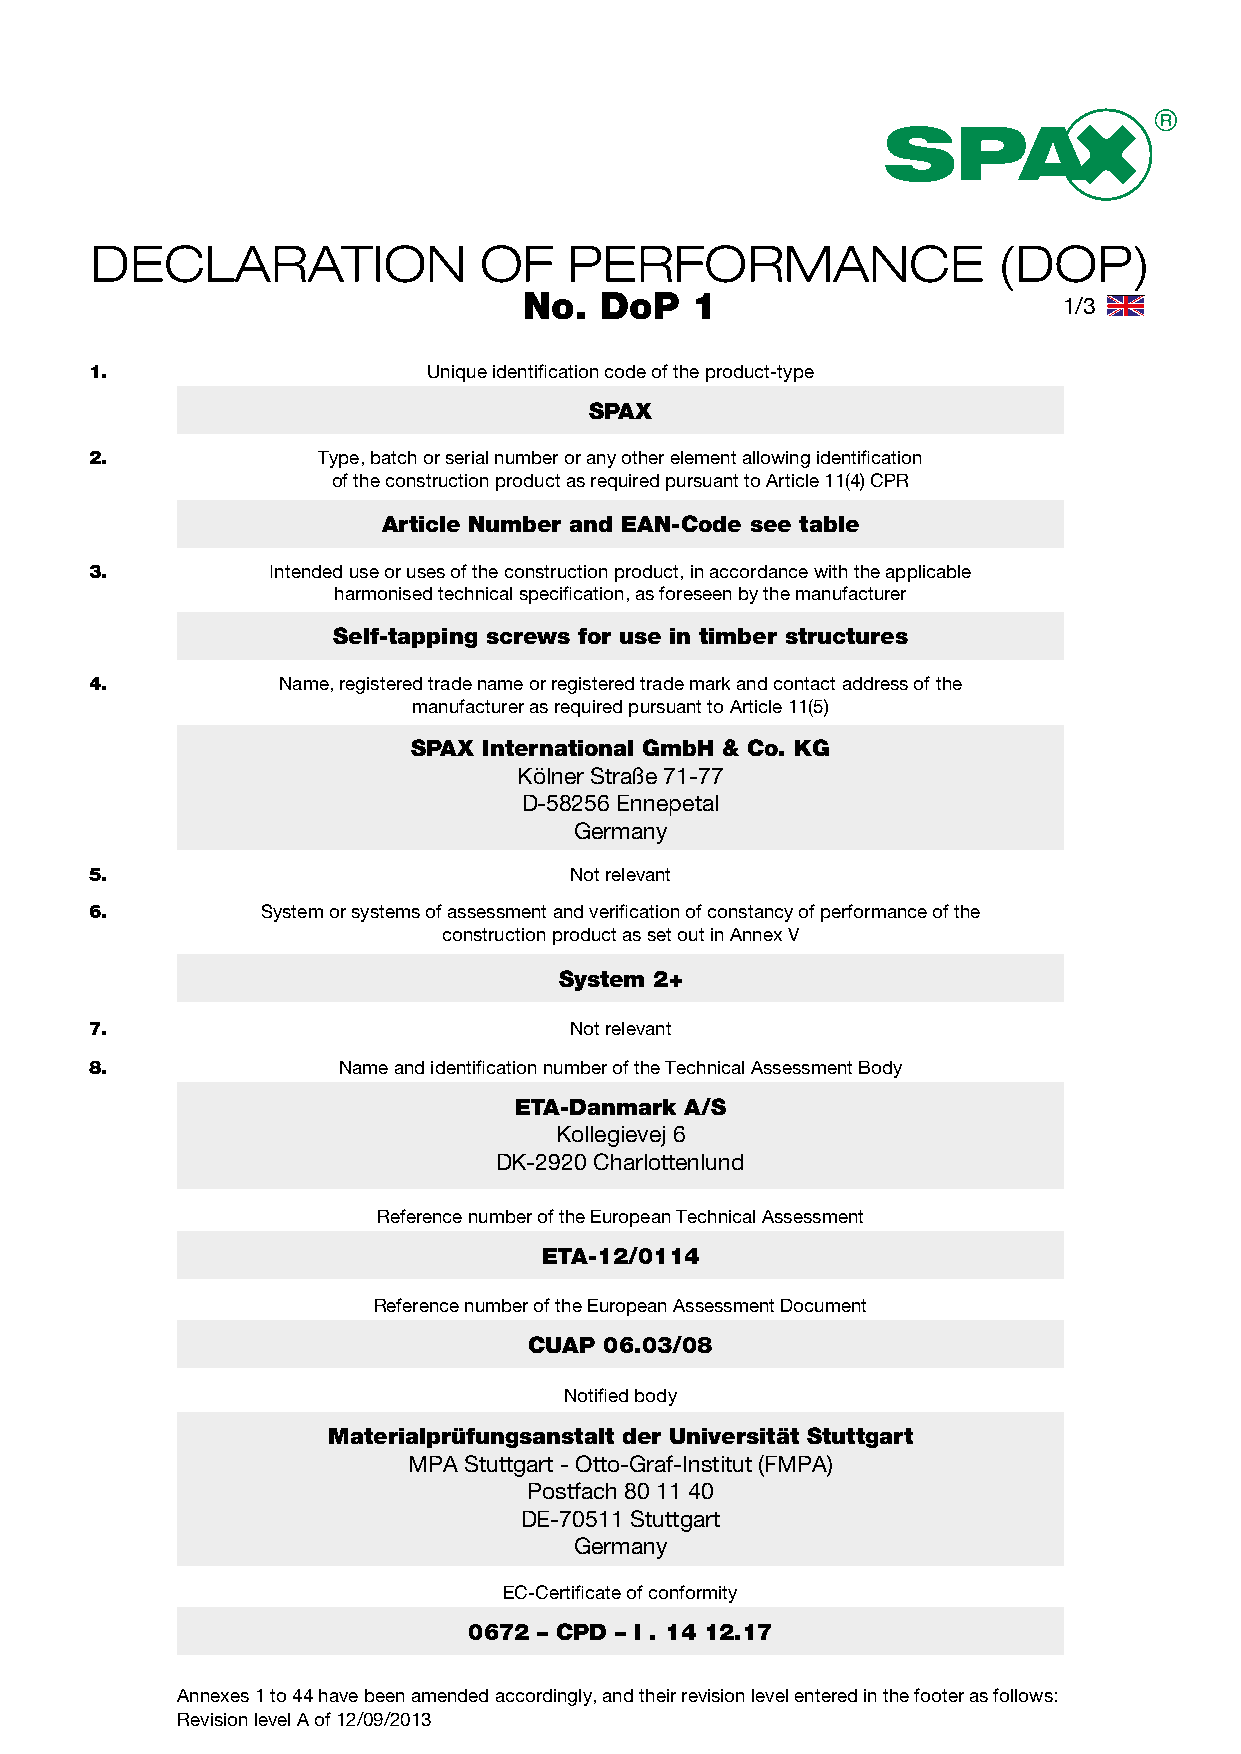
Declaration               of    Performance                 (DoP)
 No.  DoP   1                       1/3
 1.                    Unique identification code of the product-type
 SPAX
 2.             Type, batch or serial number or any other element allowing identification
 of the construction product as required pursuant to Article 11(4) CPR
 Article Number and EAN-Code see table
 3.          Intended use or uses of the construction product, in accordance with the applicable
 harmonised technical specification, as foreseen by the manufacturer
 Self-tapping screws for use in timber structures
 4.          Name, registered trade name or registered trade mark and contact address of the
 manufacturer as required pursuant to Article 11(5)
 SPAX International GmbH & Co. KG
 Kölner Straße 71-77
 D-58256 Ennepetal
 Germany
 5.                              Not relevant
 6.         System or systems of assessment and verification of constancy of performance of the
 construction product as set out in Annex V
 System 2+
 7.                              Not relevant
 8.              Name and identification number of the Technical Assessment Body
 ETA-Danmark A/S
 Kollegievej 6
 DK-2920 Charlottenlund
 Reference number of the European Technical Assessment
 ETA-12/0114
 Reference number of the European Assessment Document
 CUAP 06.03/08
 Notified body
 Materialprüfungsanstalt der Universität Stuttgart
 MPA Stuttgart - Otto-Graf-Institut (FMPA)
 Postfach 80 11 40
 DE-70511 Stuttgart
 Germany
 EC-Certificate of conformity
 0672 – CPD – I . 14 12.17
 Annexes 1 to 44 have been amended accordingly, and their revision level entered in the footer as follows:
 Revision level A of 12/09/2013